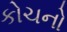
કોચનો